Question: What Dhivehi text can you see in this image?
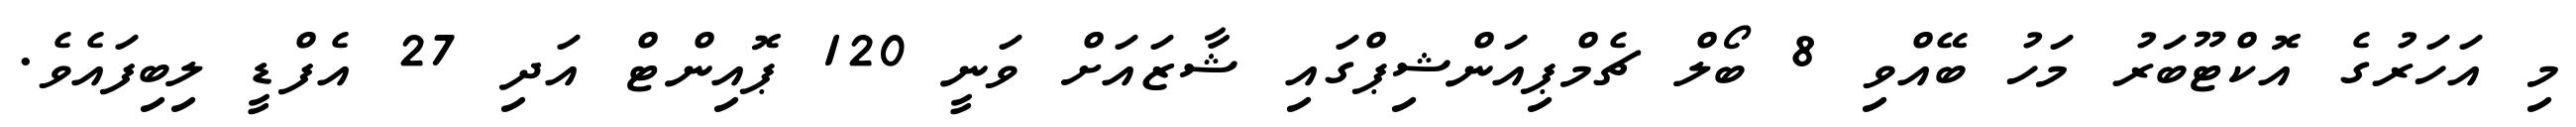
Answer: މި އަހަރުގެ އޮކްޓޫބަރު މަހު ބޭއްވި 8 ބޯލް ޗެމްޕިއަންޝިޕްގައި ޝާޒައަށް ވަނީ 120 ޕޮއިންޓް އަދި 27 އެފްޑީ ލިބިފައެވެ.